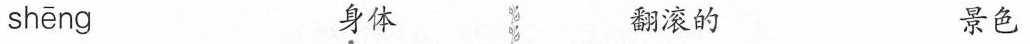
shēng \underset{·}{身}体 翻滚的 景色